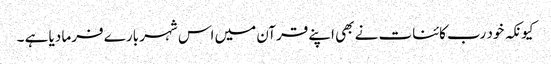
کیونکہ خود رب کائنات نے بھی اپنے قرآن میں اس شہر بارے فرما دیا ہے ۔